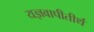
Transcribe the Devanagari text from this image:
यज्ञवापीतीर्थ